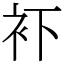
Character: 𧘔